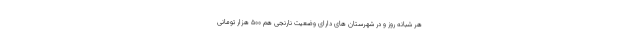
هر شبانه روز و در شهرستان های دارای وضعیت نارنجی هم ۵۰۰ هزار تومانی